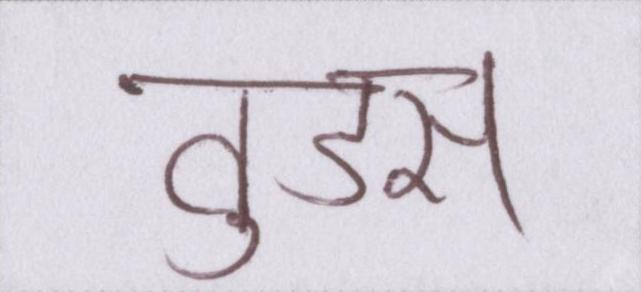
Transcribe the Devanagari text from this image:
वुड्स